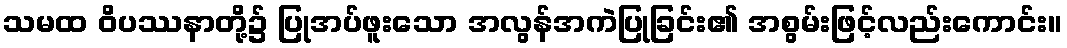
သမထ ဝိပဿနာတို့၌ ပြုအပ်ဖူးသော အလွန်အကဲပြုခြင်း၏ အစွမ်းဖြင့်လည်းကောင်း။